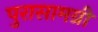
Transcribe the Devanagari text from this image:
पुरासामग्री